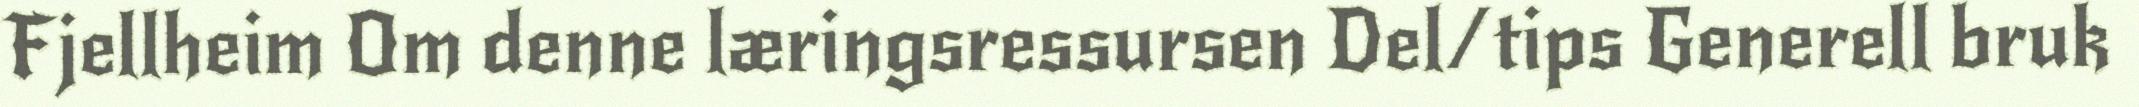
Fjellheim Om denne læringsressursen Del/tips Generell bruk